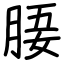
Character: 𣍲